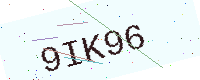
Text: 9IK96